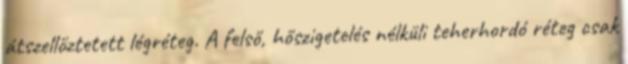
átszellőztetett légréteg. A felső, hőszigetelés nélküli teherhordó réteg csak